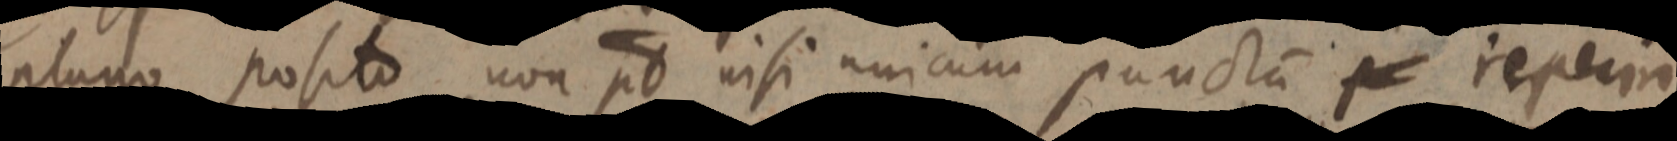
plano posito non est nisi unicum punctum p reperiri